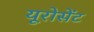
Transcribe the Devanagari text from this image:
यूरोसेंट